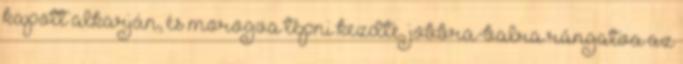
kapott alkarján, és morogva tépni kezdte, jobbra-balra rángatva az